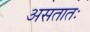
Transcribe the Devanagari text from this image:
असतातः